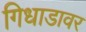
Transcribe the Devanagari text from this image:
गिधाडावर